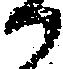
か